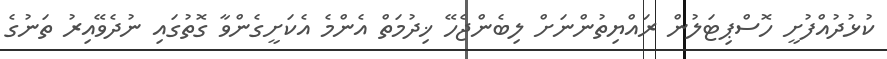
ކުޅުދުއްފުށީ ހޮސްޕިޓަލުން ރައްޔިތުންނަށް ލިބެންޖެހޭ ޚިދުމަތް އެންމެ އެކަށީގެންވާ ގޮތުގައި ނުދެވޭއިރު ތަނުގެ